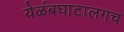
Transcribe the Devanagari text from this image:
येळंबघाटालगच